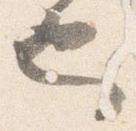
也